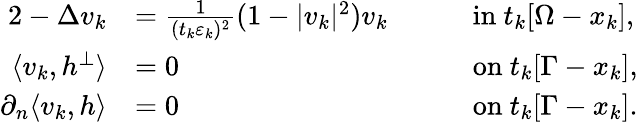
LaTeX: \begin{array}{rlrl}{{2}-\Delta v_{k}}&{=\frac{1}{(t_{k}\varepsilon_{k})^{2}}(1-|v_{k}|^{2})v_{k}\quad}&&{\mathrm{in}\ t_{k}[\Omega-x_{k}],}\\ {\langle v_{k},h^{\perp}\rangle}&{=0\quad}&&{\mathrm{on}\ t_{k}[\Gamma-x_{k}],}\\ {\partial_{n}\langle v_{k},h\rangle}&{=0\quad}&&{\mathrm{on}\ t_{k}[\Gamma-x_{k}].}\end{array}